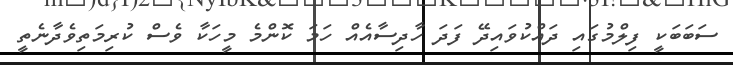
ސަބަބަކީ ފިލްމުގައި ދައްކުވައިދޭ ފަދަ ހާދިސާއެއް ހަމަ ކޮންމެ މީހަކާ ވެސް ކުރިމަތިވެދާނެތީ